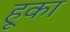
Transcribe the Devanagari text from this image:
हूका